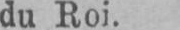
du Roi.